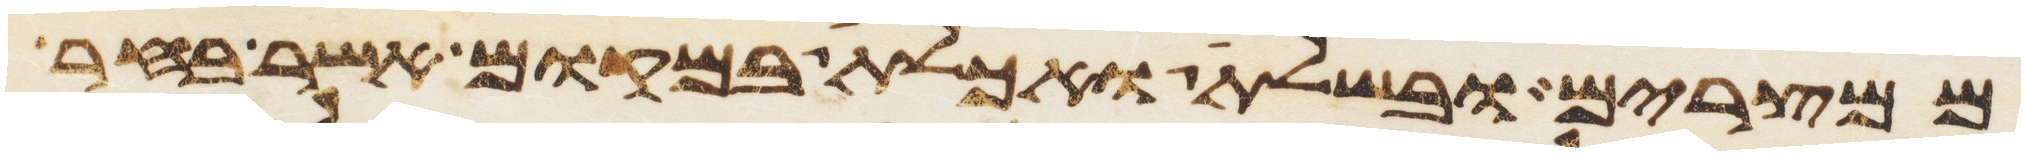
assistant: ממצרים ובשלת ואכלת במקום אשר בחר